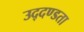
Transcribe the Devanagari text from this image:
उद्दण्डता